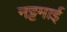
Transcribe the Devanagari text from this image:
नट्टमाई